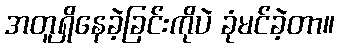
အတူရှိနေခဲ့ခြင်းကိုပဲ ခုံမင်ခဲ့တာ။